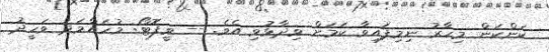
ކަންކަން މިހާރު ނިމިފައިވާ ކަމަށް ވިދާޅުވި އެވެ. -- ވީފޮޓޯ: މުހައްމަދު ވަހީދު